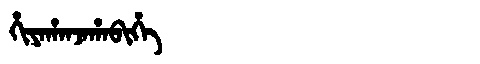
Manchu: ᡥᡳᠶᠠᡥᠠᠨᠵᠠᡥᠠᠪᡳᡥᡝ
Romanization: HIYAHANJAHABIHE